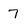
Character: 7